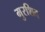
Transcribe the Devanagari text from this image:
मुरशिद